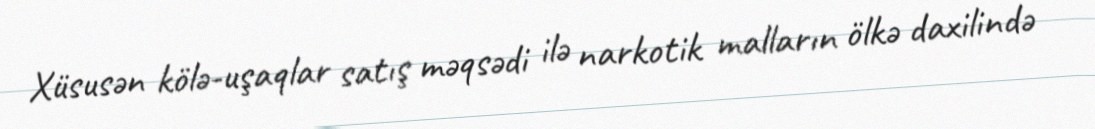
Xüsusən kölə-uşaqlar satış məqsədi ilə narkotik malların ölkə daxilində